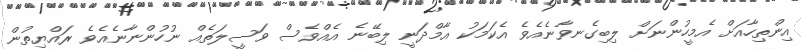
އިންތިހާއަށް އެމީހުންނަށް ލިބިގެނވާނެއެވެ އެކަމަކު އާމްދަނީ ލިބޭނެ އެއްވެސް ވަސީލަތެއް ނުހުންނާނެއެވެ ރައްޔިތުން